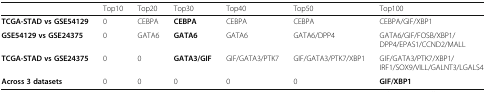
|  | Top10 | Top20 | Top30 | Top40 | Top50 | Top100 |
 | --- | --- | --- | --- | --- | --- | --- |
 | TCGA-STAD vs GSE54129 | 0 | CEBPA | CEBPA | CEBPA | CEBPA | CEBPA/GIF/XBP1 |
 | GSE54129 vs GSE24375 | 0 | GATA6 | GATA6 | GATA6 | GATA6/DPP4 | GATA6/GIF/FOSB/XBP1/DPP4/EPAS1/CCND2/MALL |
 | TCGA-STAD vs GSE24375 | 0 | 0 | GATA3/GIF | GIF/GATA3/PTK7 | GIF/GATA3/PTK7/XBP1 | GIF/GATA3/PTK7/XBP1/IRF1/SOX9/VILL/GALNT3/LGALS4 |
 | Across 3 datasets | 0 | 0 | 0 | 0 | 0 | GIF/XBP1 |